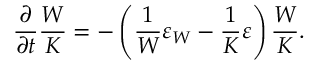
\frac { \partial } { \partial t } \frac { W } { K } = - \left( { \frac { 1 } { W } \varepsilon _ { W } - \frac { 1 } { K } \varepsilon } \right) \frac { W } { K } .